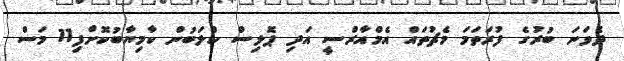
ދެވަނަ ބުރުގެ ފުރަތަމަ މެޗުތައް އެމްއާރްސީ އަދި ޕޮލިސް ކްލަބުން ކާމިޔާބުކޮށްފި11 މަސް